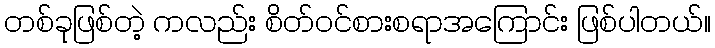
တစ်ခုဖြစ်တဲ့ ကလည်း စိတ်ဝင်စားစရာအကြောင်း ဖြစ်ပါတယ်။